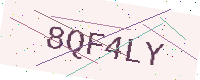
Text: 8QF4LY